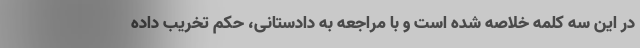
در این سه کلمه خلاصه شده است و با مراجعه به دادستانی، حکم تخریب داده